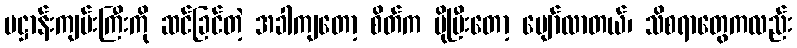
ပဋ္ဌာန်းကျမ်းကြီးကို ဆင်ခြင်တဲ့ အခါကျတော့ စိတ်က ပိုပြီးတော့ ပျော်လာတယ်၊ သိစရာတွေကလည်း